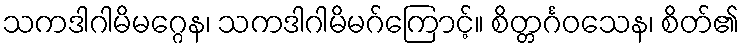
သကဒါဂါမိမဂ္ဂေန၊ သကဒါဂါမိမဂ်ကြောင့်။ စိတ္တင်္ဂဝသေန၊ စိတ်၏